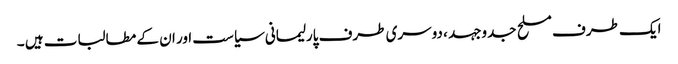
ایک طرف مسلح جدوجہد ، دوسری طرف پارلیمانی سیاست اور ان کے مطالبات ہیں ۔